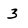
Character: 3